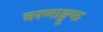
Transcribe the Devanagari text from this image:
चरणाङ्गुष्ठ